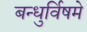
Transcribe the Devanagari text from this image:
बन्धुर्विषमे